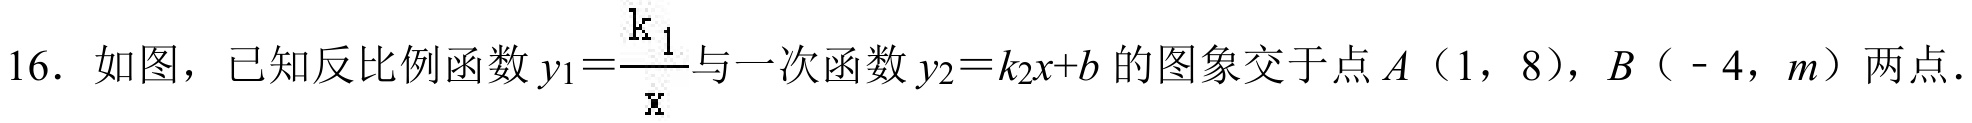
16. 如图，已知反比例函数\(y_{1}=\frac{k_{1}}{x}\)与一次函数\(y_{2}=k_{2}x + b\)的图象交于点\(A\)（1，8），\(B\)（- 4，\(m\)）两点.